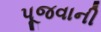
પૂજવાની